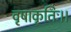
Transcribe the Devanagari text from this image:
वृषाकृतिः।।